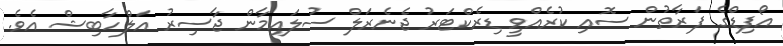
އޯފިޑްގެ ފަރާތުން ސޮއި ކުރެއްވީ ޑިރެކްޓަރު ޖެނެރަލް ސުލައިމާން ޖާސިރު އަލްހާބިޝް އެވެ.